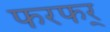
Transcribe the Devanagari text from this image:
फरफर्